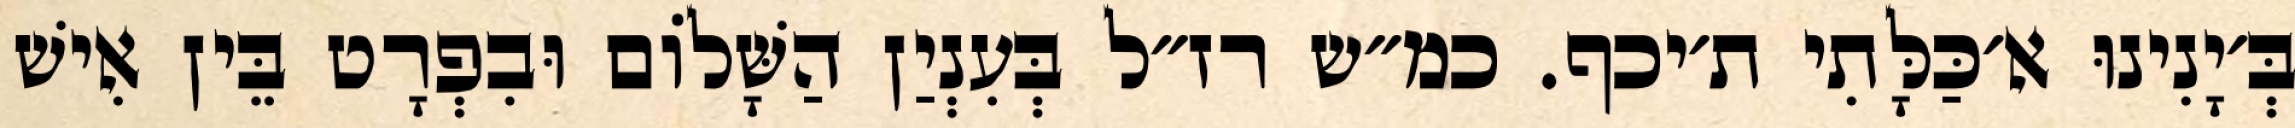
בְּ׳יָנִינוּ א׳כַּלָּתִי ת׳יכף. כמ״ש רז״ל בְּעִנְיַן הַשָּׁלוֹם וּבִפְרָט בֵּין אִישׁ